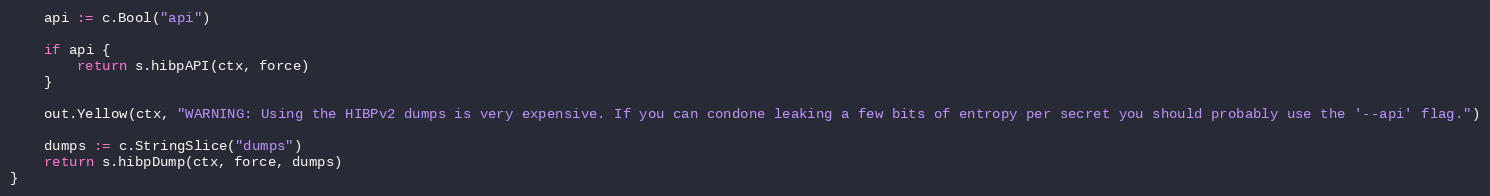
Language: Go
	api := c.Bool("api")

	if api {
		return s.hibpAPI(ctx, force)
	}

	out.Yellow(ctx, "WARNING: Using the HIBPv2 dumps is very expensive. If you can condone leaking a few bits of entropy per secret you should probably use the '--api' flag.")

	dumps := c.StringSlice("dumps")
	return s.hibpDump(ctx, force, dumps)
}